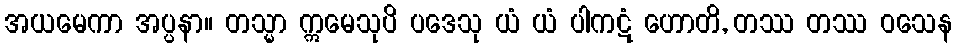
အယမေကာ အပ္ပနာ။ တသ္မာ ဣမေသုပိ ပဒေသု ယံ ယံ ပါကဋံ ဟောတိ, တဿ တဿ ဝသေန